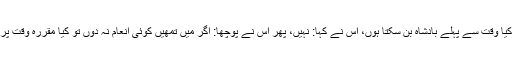
عبدالملک نے کہا: اگر میں تمھیں کوئی انعام دے دوں تو کیا وقت سے پہلے بادشاہ بن سکتا ہوں، اس نے کہا: نہیں، پھر اس نے پوچھا: اگر میں تمھیں کوئی انعام نہ دوں تو کیا مقررہ وقت پر بادشاہت ملنے میں تاخیر ہوجائے گی، اس نے کہا: نہیں۔